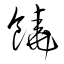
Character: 饒